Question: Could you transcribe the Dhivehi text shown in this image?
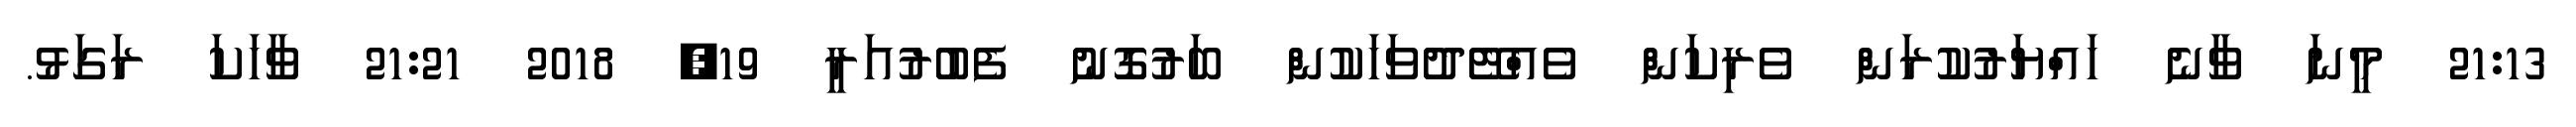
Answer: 21:13 މީނަ ވާނެ ހައްޔަރުކުރަން ވެރިކަން ވެއްޓޭދުވަހަކުން ބަރުގޮނު ފެބުރުއަރީ 19, 2018 21:21 ވާހަކަ ރަގަޅު.